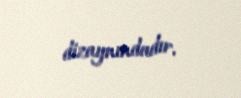
dizaynındadır.